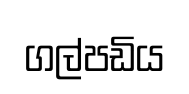
ගල්පඩිය